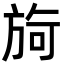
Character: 㫊